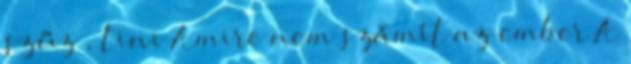
szűz , tini Amire nem számít az ember A